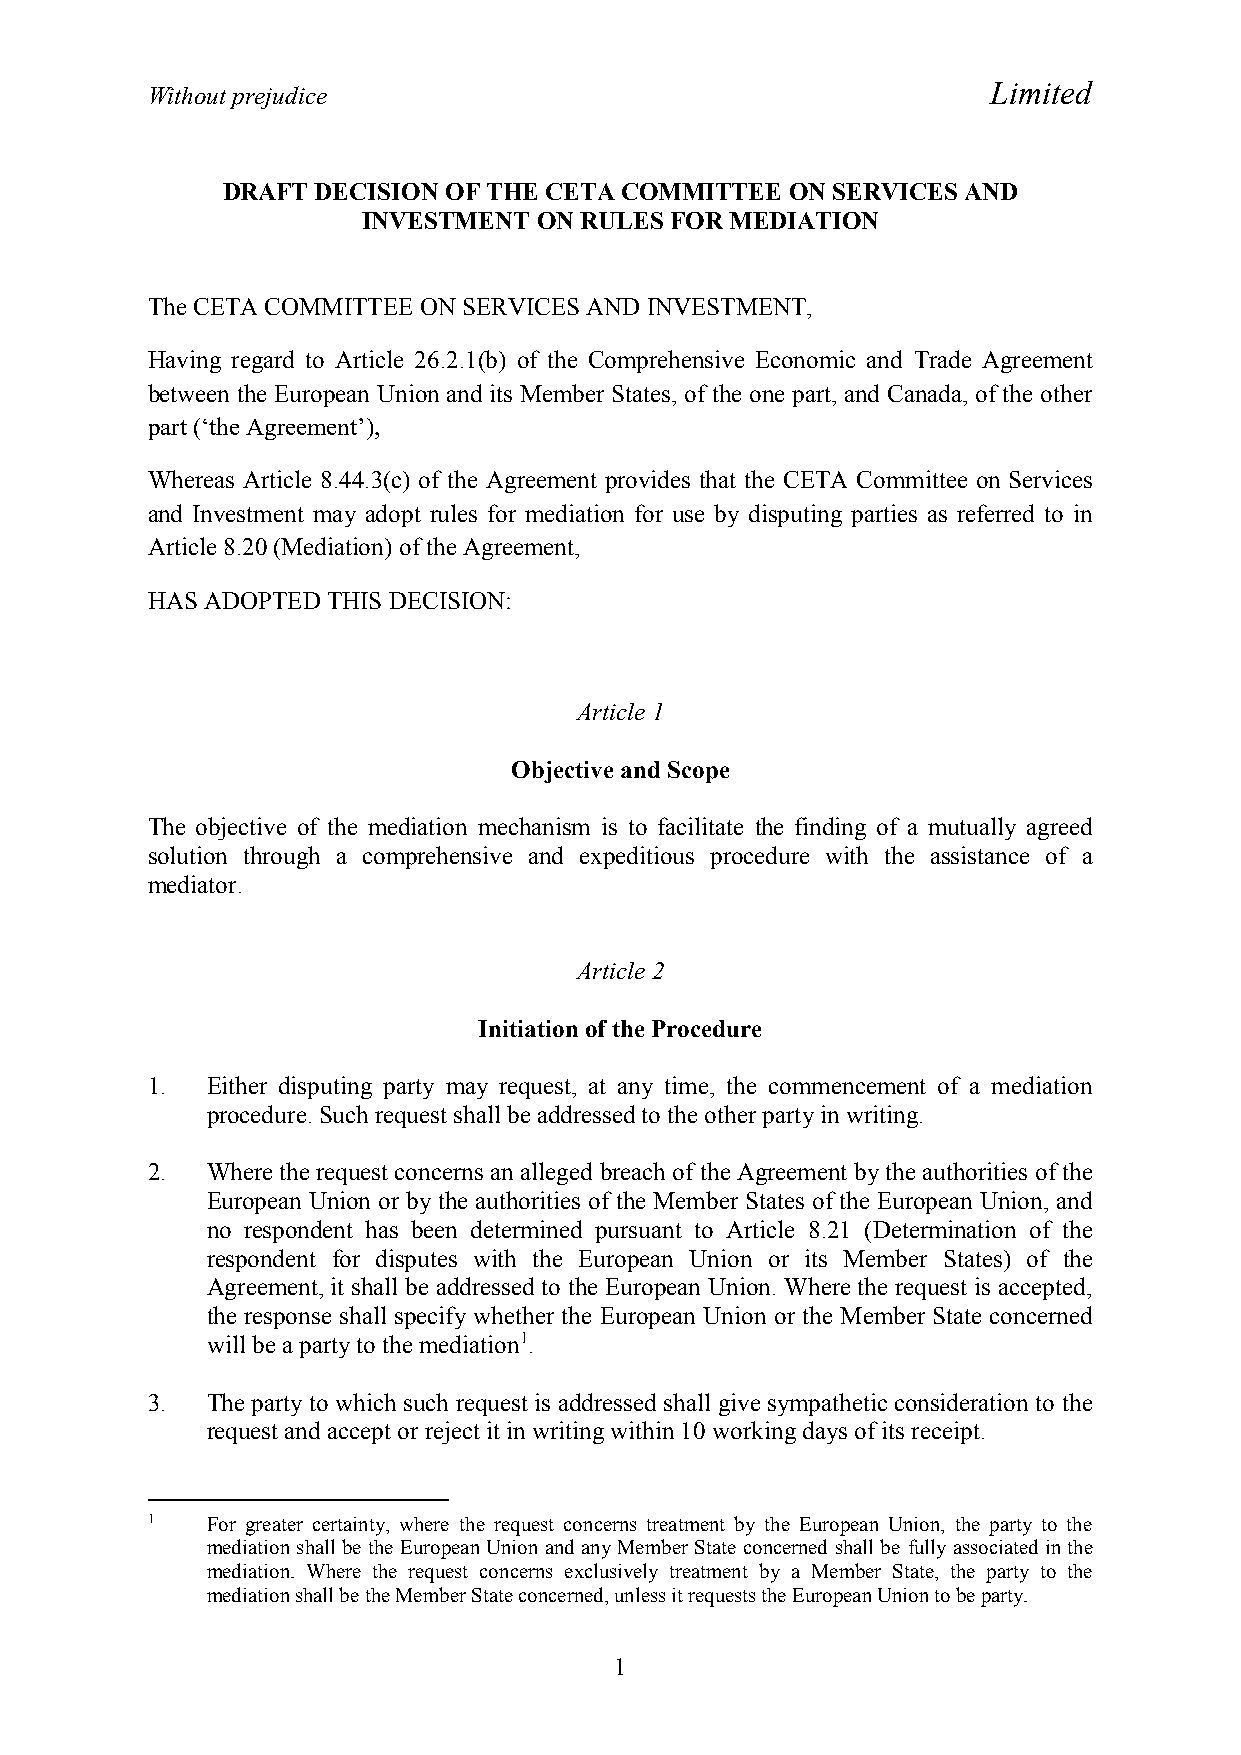
Limited
 Without prejudice
 DRAFT DECISION OF THE CETA COMMITTEE ON SERVICES AND
 INVESTMENT  ON RULES FOR MEDIATION
 The CETA COMMITTEE ON SERVICES AND INVESTMENT,
 Having regard to Article 26.2.1(b) of the Comprehensive Economic and Trade Agreement
 between the European Union and its Member States, of the one part, and Canada, of the other
 part (‘the Agreement’),
 Whereas Article 8.44.3(c) of the Agreement provides that the CETA Committee on Services
 and Investment may adopt rules for mediation for use by disputing parties as referred to in
 Article 8.20 (Mediation) of the Agreement,
 HAS ADOPTED THIS DECISION:
 Article 1
 Objective and Scope
 The objective of the mediation mechanism is to facilitate the finding of a mutually agreed
 solution through a comprehensive and expeditious procedure with the assistance of a
 mediator.
 Article 2
 Initiation of the Procedure
 1.  Either disputing party may request, at any time, the commencement of a mediation
 procedure. Such request shall be addressed to the other party in writing.
 2.  Where the request concerns an alleged breach of the Agreement by the authorities of the
 European Union or by the authorities of the Member States of the European Union, and
 no respondent has been determined pursuant to Article 8.21 (Determination of the
 respondent for disputes with the European Union or its Member States) of the
 Agreement, it shall be addressed to the European Union. Where the request is accepted,
 the response shall specify whether the European Union or the Member State concerned
 will be a party to the mediation1.
 3.  The party to which such request is addressed shall give sympathetic consideration to the
 request and accept or reject it in writing within 10 working days of its receipt.
 1   For greater certainty, where the request concerns treatment by the European Union, the party to the
 mediation shall be the European Union and any Member State concerned shall be fully associated in the
 mediation. Where the request concerns exclusively treatment by a Member State, the party to the
 mediation shall be the Member State concerned, unless it requests the European Union to be party.
 1